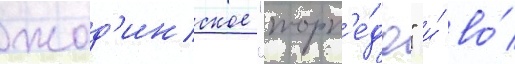
жод'инское "торп'е́до" и́ во́